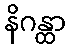
နိဂန္ထာ